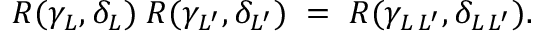
R ( \gamma _ { L } , \delta _ { L } ) \; R ( \gamma _ { L ^ { \prime } } , \delta _ { L ^ { \prime } } ) \; = \; R ( \gamma _ { L \, L ^ { \prime } } , \delta _ { L \, L ^ { \prime } } ) .